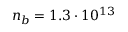
n _ { b } = 1 . 3 \cdot 1 0 ^ { 1 3 }